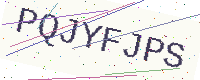
Text: PQJYFJPS